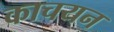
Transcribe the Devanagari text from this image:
काचयन